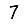
Digit: 7